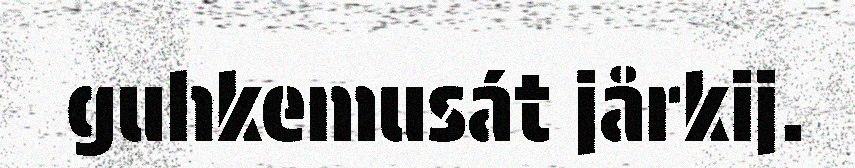
guhkemusát jårkij.